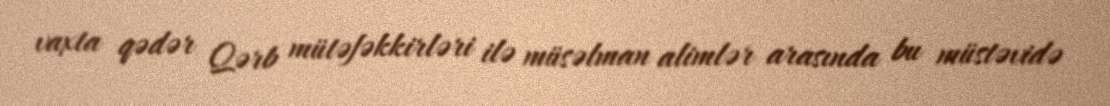
vaxta qədər Qərb mütəfəkkirləri ilə müsəlman alimlər arasında bu müstəvidə